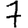
Digit: 7